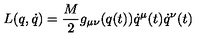
L ( q , \dot { q } ) = \frac { M } { 2 } g _ { \mu \nu } ( q ( t ) ) \dot { q } ^ { \mu } ( t ) \dot { q } ^ { \nu } ( t )